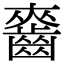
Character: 𪘘